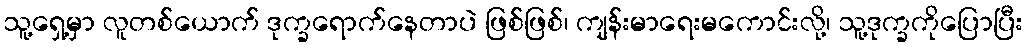
သူ့ရှေ့မှာ လူတစ်ယောက် ဒုက္ခရောက်နေတာပဲ ဖြစ်ဖြစ်၊ ကျန်းမာရေးမကောင်းလို့၊ သူ့ဒုက္ခကိုပြောပြီး